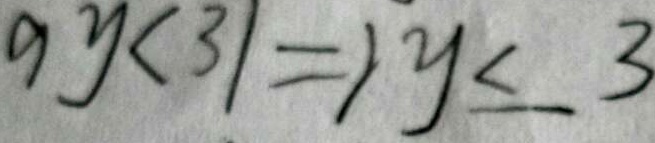
9 y < 3 1 = 1 y \leq 3